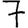
Digit: 7